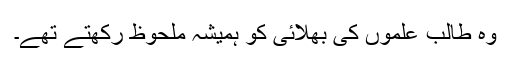
وہ طالب علموں کی بھلائی کو ہمیشہ ملحوظ رکھتے تھے۔